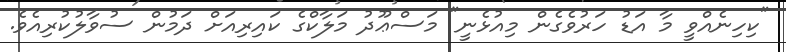
"ކިހިނެއްވީ މާ އަޑު ހަރުވެގެން މިއުޅެނީ" މަސްޢޫދު މަލާކްގެ ކައިރިއަށް ދަމުން ސުވާލުކުރިއެވެ.